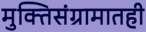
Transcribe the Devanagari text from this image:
मुक्तिसंग्रामातही